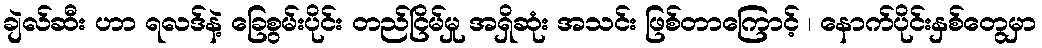
ချဲလ်ဆီး ဟာ ရလဒ်နဲ့ ခြေစွမ်းပိုင်း တည်ငြိမ်မှု အရှိဆုံး အသင်း ဖြစ်တာကြောင့် ၊ နောက်ပိုင်းနှစ်တွေမှာ